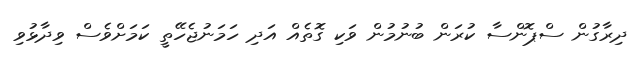
ދިރާގުން ސްޕޮންސާ ކުރަން ބުނުމުން ވަކި ގޮތެއް އަދި ހަމަނުޖެހޭތީ ކަމަށްވެސް ވިދާޅުވި